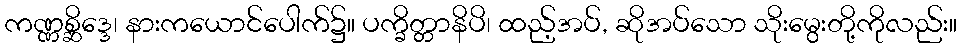
ကဏ္ဏစ္ဆိဒ္ဒေ၊ နားကယောင်ပေါက်၌။ ပက္ခိတ္တာနိပိ၊ ထည့်အပ်, ဆိုအပ်သော သိုးမွေးတို့ကိုလည်း။